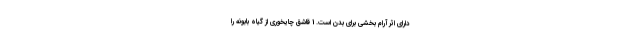
دارای اثر آرام بخشی برای بدن است. 1 قاشق چایخوری از گیاه بابونه را